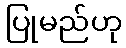
ပြုမည်ဟု